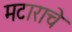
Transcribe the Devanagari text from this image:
मटाराचे